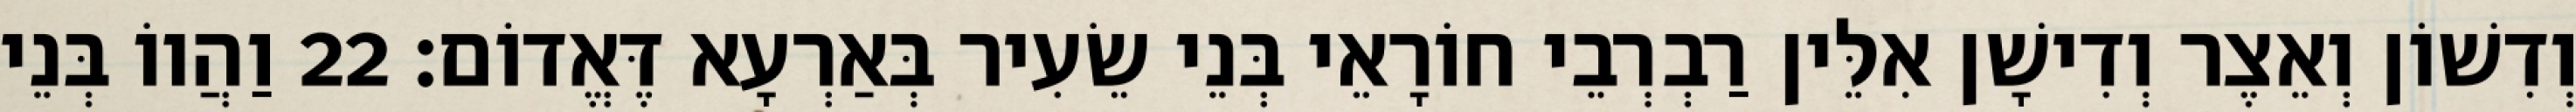
וְדִשׁוֹן וְאֵצֶר וְדִישָׁן אִלֵּין רַבְרְבֵי חוֹרָאֵי בְּנֵי שֵׂעִיר בְּאַרְעָא דֶּאֱדוֹם׃ 22 וַהֲווֹ בְּנֵי